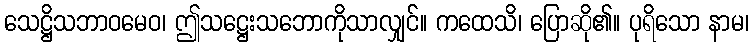
သေဋ္ဌိသဘာဝမေဝ၊ ဤသဋ္ဌေးသဘောကိုသာလျှင်။ ကထေသိ၊ ပြောဆို၏။ ပုရိသော နာမ၊